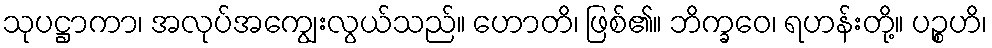
သုပဋ္ဌာကာ၊ အလုပ်အကျွေးလွယ်သည်။ ဟောတိ၊ ဖြစ်၏။ ဘိက္ခဝေ၊ ရဟန်းတို့။ ပဉ္စဟိ၊